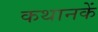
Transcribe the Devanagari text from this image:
कथानकें